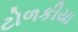
ટોળકીયા